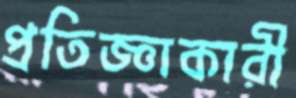
প্রতিজ্ঞাকারী